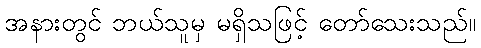
အနားတွင် ဘယ်သူမှ မရှိသဖြင့် တော်သေးသည်။